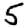
Digit: 5